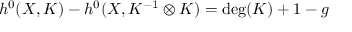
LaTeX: h ^ { 0 } ( X , K ) - h ^ { 0 } ( X , K ^ { - 1 } \otimes K ) = \deg ( K ) + 1 - g